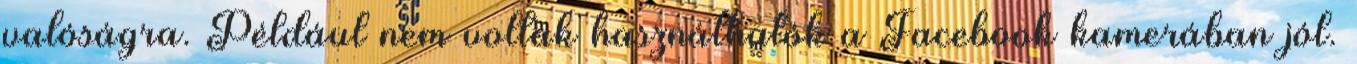
valóságra. Például nem voltak használhatók a Facebook kamerában jól.